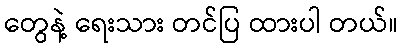
တွေနဲ့ ရေးသား တင်ပြ ထားပါ တယ်။